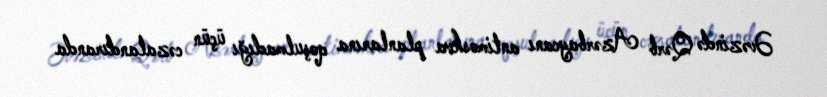
Əvəzində Qərb Azərbaycanı antimoskva planlarına qoşulmadığı üçün cəzalandıranda